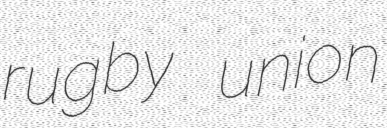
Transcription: rugby union